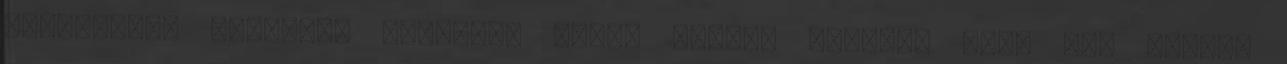
REAGÁLUNK. Mégpedig gyorsan. Aztán néhány perccel vagy fél órával